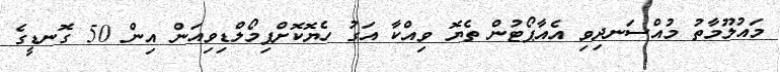
މައުލޫމާތު މުއްސަނދިވި އެއާޕޯޓުން ތެޔޮ ވިއްކާ އަގު ހެޔޮކޮށްފިމޯލްޑިވިއަން އިން 50 ގޮނޑީގެ